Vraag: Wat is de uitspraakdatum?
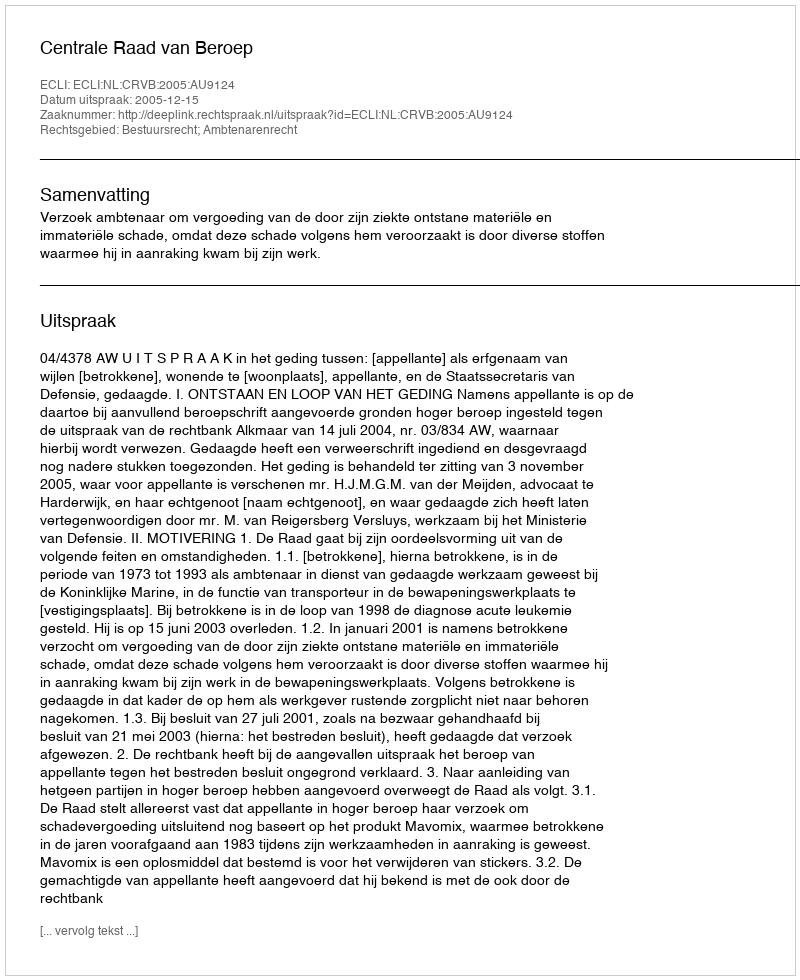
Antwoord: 2005-12-15